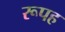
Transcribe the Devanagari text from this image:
रूपह